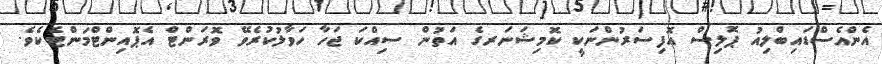
އެންއެސްޑައިބްލިއު ޕޮލިސް އޮފިސަރުންނަކީ ކޮމިޝަނަރގެ އަތުން ސިއްކަ ޖަހާ ހަވާލުކުރެވޭ ވޮރަންޓް އެޕޮއިންޓްމަންޓެކެވެ.